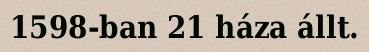
1598-ban 21 háza állt.